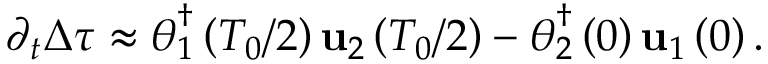
\partial _ { t } \Delta \tau \approx \boldsymbol { \theta } _ { 1 } ^ { \dagger } \left( T _ { 0 } / 2 \right) \mathbf { u } _ { 2 } \left( T _ { 0 } / 2 \right) - \boldsymbol { \theta } _ { 2 } ^ { \dagger } \left( 0 \right) \mathbf { u } _ { 1 } \left( 0 \right) .